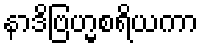
နာဒိဗြဟ္မစရိယကာ